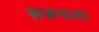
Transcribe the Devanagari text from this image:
सरूपता